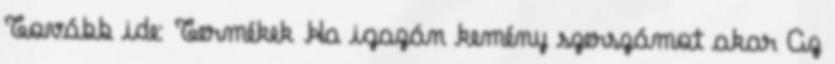
Tovább ide: Termékek Ha igazán kemény szerszámot akar Az